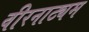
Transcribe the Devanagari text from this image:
वीरनाट्यम